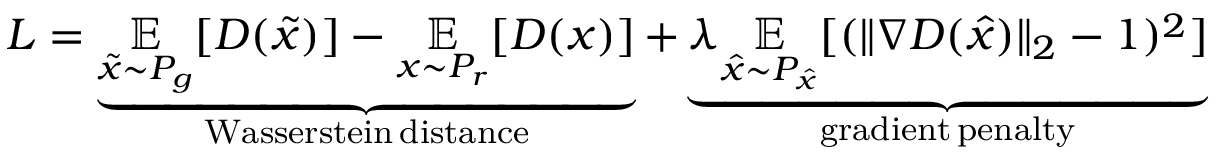
L = \underbrace { \underset { \tilde { x } \sim P _ { g } } { \mathbb { E } } [ D ( \tilde { x } ) ] - \underset { x \sim P _ { r } } { \mathbb { E } } [ D ( x ) ] } _ { \mathrm { W a s s e r s t e i n \, d i s t a n c e } } + \underbrace { \lambda \underset { \hat { x } \sim P _ { \hat { x } } } { \mathbb { E } } [ ( \lVert \nabla D ( \hat { x } ) \rVert _ { 2 } - 1 ) ^ { 2 } ] } _ { \mathrm { g r a d i e n t \, p e n a l t y } }